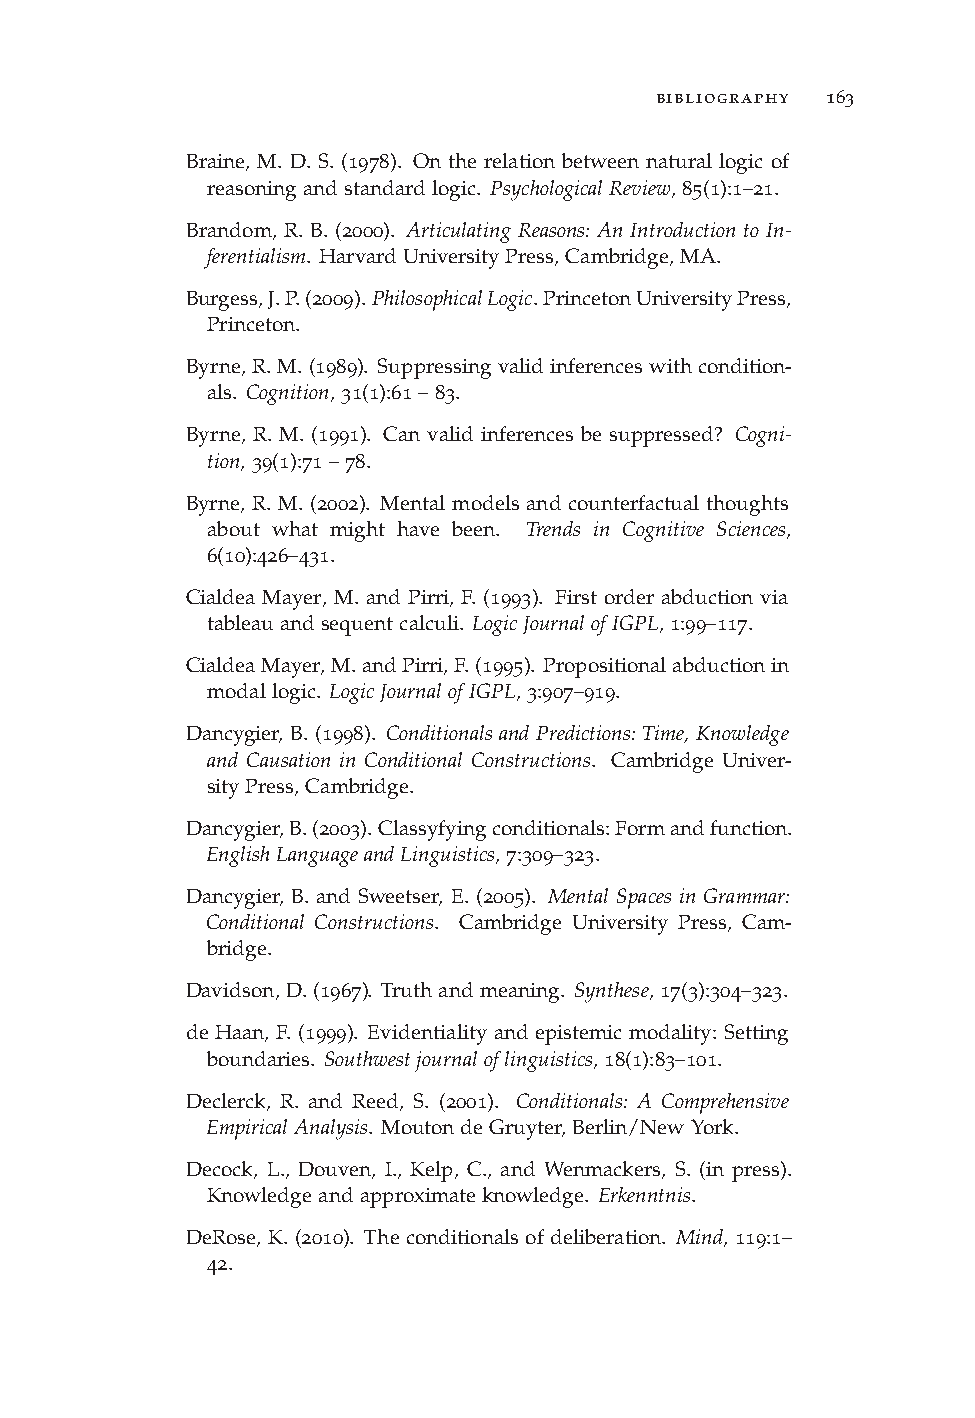
bibliography 163
 Braine, M. D. S. (1978). On the relation between natural logic of
 reasoningandstandardlogic. PsychologicalReview,85(1):1–21.
 Brandom, R. B. (2000). Articulating Reasons: An Introduction to In-
 ferentialism. HarvardUniversityPress,Cambridge,MA.
 Burgess,J.P.(2009).PhilosophicalLogic.PrincetonUniversityPress,
 Princeton.
 Byrne,R.M.(1989). Suppressingvalidinferenceswithcondition-
 als. Cognition,31(1):61–83.
 Byrne, R. M. (1991). Can valid inferences be suppressed? Cogni-
 tion,39(1):71–78.
 Byrne, R. M. (2002). Mental models and counterfactual thoughts
 about what might have been. Trends in Cognitive Sciences,
 6(10):426–431.
 Cialdea Mayer, M. and Pirri, F. (1993). First order abduction via
 tableauandsequentcalculi. LogicJournalofIGPL,1:99–117.
 CialdeaMayer,M.andPirri,F.(1995). Propositionalabductionin
 modallogic. LogicJournalofIGPL,3:907–919.
 Dancygier, B. (1998). Conditionals and Predictions: Time, Knowledge
 and Causation in Conditional Constructions. Cambridge Univer-
 sityPress,Cambridge.
 Dancygier,B.(2003).Classyfyingconditionals:Formandfunction.
 EnglishLanguageandLinguistics,7:309–323.
 Dancygier, B. and Sweetser, E. (2005). Mental Spaces in Grammar:
 Conditional Constructions. Cambridge University Press, Cam-
 bridge.
 Davidson,D.(1967). Truthandmeaning. Synthese,17(3):304–323.
 de Haan, F. (1999). Evidentiality and epistemic modality: Setting
 boundaries. Southwestjournaloflinguistics,18(1):83–101.
 Declerck, R. and Reed, S. (2001). Conditionals: A Comprehensive
 EmpiricalAnalysis. MoutondeGruyter,Berlin/NewYork.
 Decock, L., Douven, I., Kelp, C., and Wenmackers, S. (in press).
 Knowledgeandapproximateknowledge. Erkenntnis.
 DeRose, K. (2010). The conditionals of deliberation. Mind, 119:1–
 42.